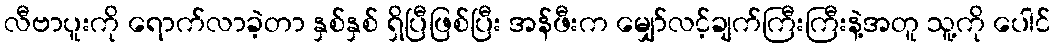
လီဗာပူးကို ရောက်လာခဲ့တာ နှစ်နှစ် ရှိပြီဖြစ်ပြီး အန်ဖီးက မျှော်လင့်ချက်ကြီးကြီးနဲ့အတူ သူ့ကို ပေါင်